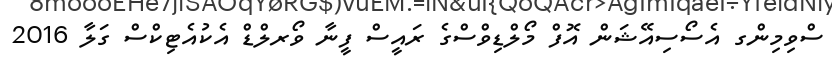
ސްވިމިންގ އެސޯސިއޭޝަން އޮފް މޯލްޑިވްސްގެ ރައީސް ފީނާ ވޯރލްޑް އެކުއެޓިކްސް ގަލާ 2016